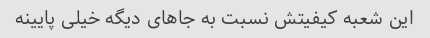
این شعبه کیفیتش نسبت به جاهاى دیگه خیلى پایینه